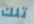
تلك